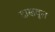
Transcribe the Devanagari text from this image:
दाखवूल